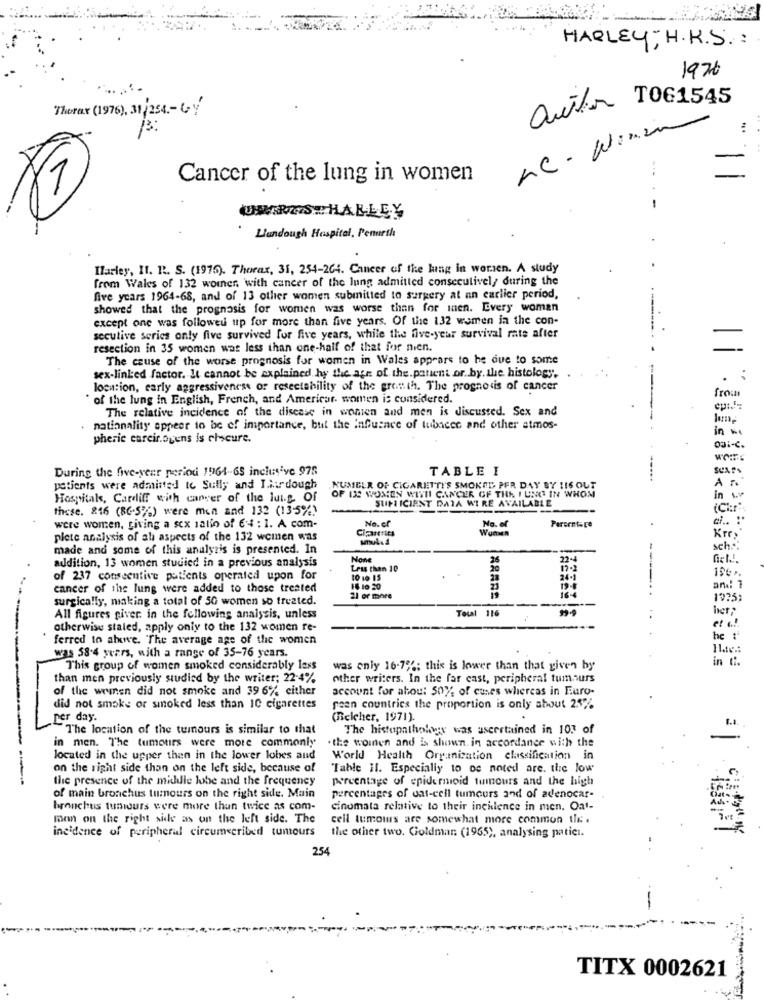
HARLEY; H.R.S .:
1976
Thorax (1976), 31/ 254 .- GY
author TO61545
MC-Winin
Cancer of the lung in women
<1
UNARIAS HALLEY
-
Llandough Hospital, Penurth
Harley, 11. R. S. (1915). Thorax, 31, 254-264. Cancer of the luing in worsen. A study
from Wales of 132 woiner, with cancer of the lung admitted consecutively during the
five years 1964-68, and of 13 other women submitted to surgery at an earlier period,
showed that the prognosis for women was worse than for mnen. Every woman
except one was followed up for more than five years. Of the 132 women in the con-
secutive series only five survived for five years, while the five-year survival rate after
resection in 35 women was less than one-half of that for nien.
The cause of the worse prognosis for women in Wales appears to he due to some
sex-linked factor. It cannot be explained hy the age of the.patient or. by. the histology,
location, early aggressiveness or resectability of the growth. The progno sis of cancer
from
` of the lung in English, French, and Americar. women is considered.
The relative incidence of the discese in wenen and men is discussed. Sex and
nationality sppeer to be of importance, but the influence of tubacec and other atmos-
in we
pheric carcir.ogens is chscure.
During the five-year period 1964-65 inclusive 978
TABLE I
A n
patients were admitted to Sully and Ilirdough
NUMBER OF CIGARETTY'S SMOKED PER DAY BY !16 OUT
Hospitals, Cardiff with canver of the luty. Of
OF 132 WOMEN WITH CANCER OF THE I UNG IN WHOM
SUFICIENT DATA WIRE AVAILABLE
in w.
these. 216 (BG-5%) were men and 132 (13.5%)
No. ef
were women, giving a sex salio of 64 : 1. A com-
Cipanertes
Women
No.
Parentsce
Kres
plete analysis of all aspects of the 132 women was
made and some of this analysis is presented. In
sch ...
22-4
addition, 13 women studied in a previous analysis
Less than 10
17.2
of 237 consecutive patients operated upon for
10 10 15
24-1
cancer of the lung were added to those treated
16 10 20
23
19-8
16-4
an .: 7
surgically, making a total of 50 women so treated.
21 or more
1225;
Total 116
het
All figures giver. in the following analysis, unless
otherwise staled, apply only to the 132 women re-
ferred to alxwe. The average age of the women
he :
was 58.4 years, with a range of 35-76 years.
in Ci.
This group of women smoked considerably lass
was only 16-7%; this is lower than that given by
than men previously studied by the writer; 22-4%
other writers. In the far cast, peripheral tum ours
of the wrnen did not smoke and 39 6% either
account for ahou: 50%, of cases whereas in Euro-
did not smoke or smoked less than 10 cigarettes
geen countries the proportion is only about 25%
per day.
(Belcher, 1971).
The location of the tumours is similar to that
The histopatholwy was ascertained in 103 of
in men. The tumours were more commonly
.the women and is shown in accordance with the
located in the upper then in the lower lobes and
World Health Organization classification in
on the right side than on the left side, because of
Table il. Especially to os noted are. tic low
the presence of the middle lobe and the frequency
percentage of epidermioid tumours and the high
of main bronchus tumours on the right side. Main
percentages of uat-cell tumours and of adenocar-
bronchus tumours were more than twice as com-
cinomata relative to their incidence in men. Oat-
mon on the right side as on the left side. The
cell tumoins are somewhat more common tle .
incidence of peripheral circumscribed tumours
the other two. Goldman (1965), analysing patici.
254
TITX 0002621